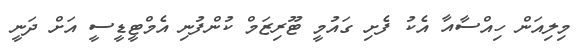
މިލިއަން ހިއްސާއާ އެކު ފެށި ގައުމީ ޓޫރިޒަމް ކުންފުނި އެމްޓީޑީސީ އަށް ދަނީ